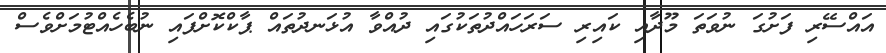
އައްސޭރި ފަށުގަ ނުވަތަ މޫދާއި ކައިރި ސަރަހައްދުތަކުގައި ދުއްވާ އުޅަނދުތައް ޕާކްކޮށްފައި ނުބެހެއްޓުމަށްވެސް